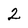
Character: 2